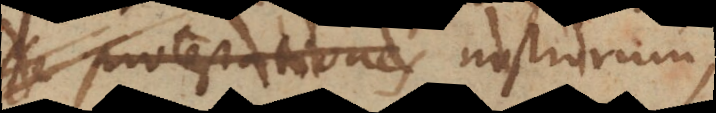
protestationes nostrorum,